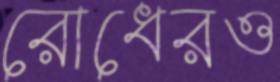
রোধেরও